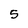
Character: 5